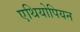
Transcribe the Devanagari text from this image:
एथियोपियन